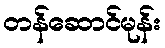
တန်ဆောင်မုန်း